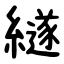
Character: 繸